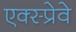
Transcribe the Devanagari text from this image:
एक्स्प्रेवे